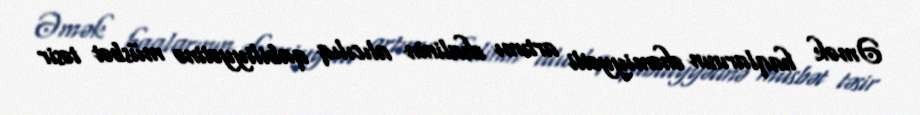
Əmək haqlarının əhəmiyyətli artımı əhalinin alıcılıq qabiliyyətinə müsbət təsir